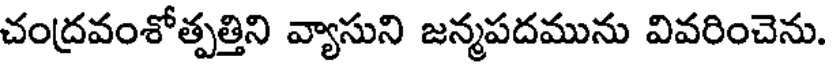
చంద్రవంశోత్పత్తిని వ్యాసుని జన్మపదమును వివరించెను.